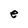
Character: e